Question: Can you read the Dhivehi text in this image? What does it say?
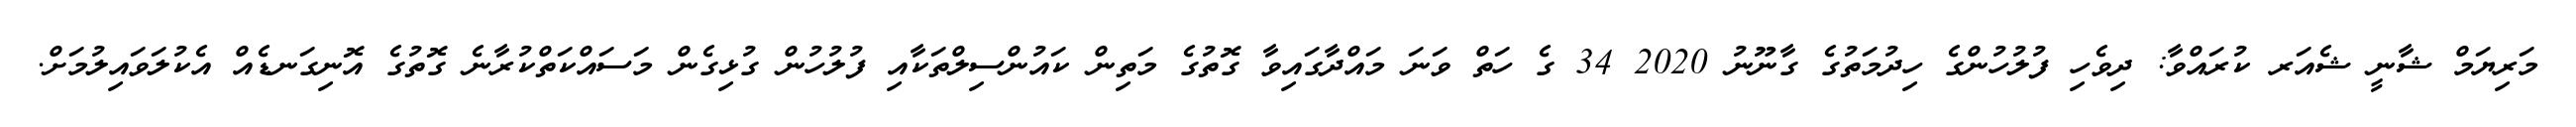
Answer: މަރިޔަމް ޝާނީ ޝެއަރ ކުރައްވާ: ދިވެހި ފުލުހުންގެ ހިދުމަތުގެ ގާނޫނު 2020 34 ގެ ހަތް ވަނަ މައްދާގައިވާ ގޮތުގެ މަތިން ކައުންސިލްތަކާއި ފުލުހުން ގުޅިގެން މަސައްކަތްކުރާނެ ގޮތުގެ އޮނިގަނޑެއް އެކުލަވައިލުމަށް.